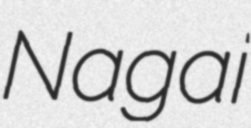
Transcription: Nagai